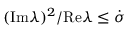
( \mathrm { I m } \lambda ) ^ { 2 } / \mathrm { R e } \lambda \leq \dot { \sigma }